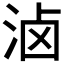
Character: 𰛮